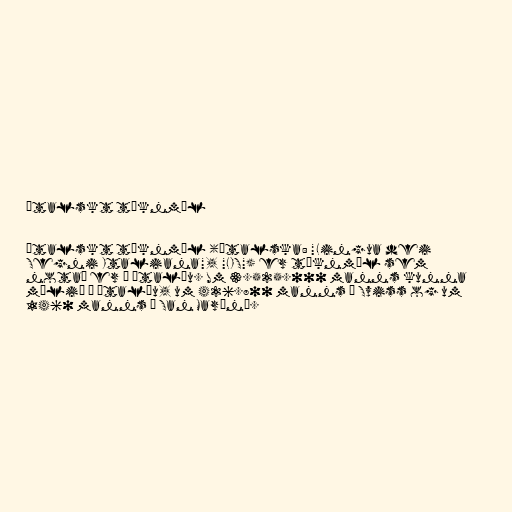
Ítalskt táknmál

Ítalskt táknmál (ítalska: "Lingua dei
Segni Italiana", "LIS") er táknmál sem
notað er á Ítalíu. Um 3.525.000 manns kunna
málið á Ítalíu, um 426.800 manns í Sviss og um
1460 manns í San Marínó.